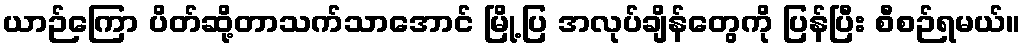
ယာဉ်ကြော ပိတ်ဆို့တာသက်သာအောင် မြို့ပြ အလုပ်ချိန်တွေကို ပြန်ပြီး စီစဉ်ရမယ်။